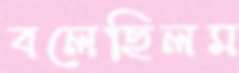
বলেছিলম